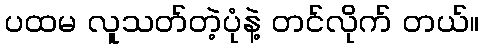
ပထမ လူသတ်တဲ့ပုံနဲ့ တင်လိုက် တယ်။